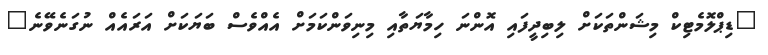
"ޑިޕްލޮމެޓިކް މިޝަންތަކަށް ލިބިދީފައި އޮންނަ ހިމާޔަތާއި މިނިވަންކަމަށް އެއްވެސް ބަޔަކަށް އަރައެއް ނުގަނެވޭނެ"